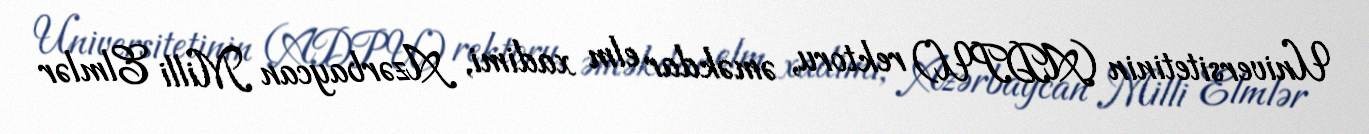
Universitetinin (ADPU) rektoru, əməkdar elm xadimi, Azərbaycan Milli Elmlər